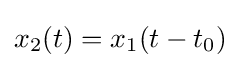
x_{2}(t)=x_{1}(t-t_{0})